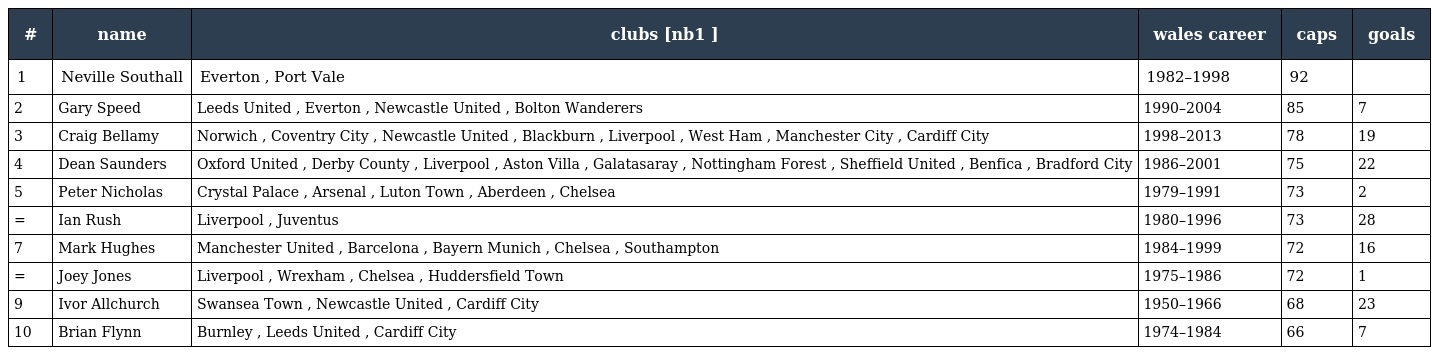
| # | name | clubs [nb1 ] | wales career | caps | goals |
 | --- | --- | --- | --- | --- | --- |
 | 1 | Neville Southall | Everton , Port Vale | 1982–1998 | 92 |  |
 | 2 | Gary Speed | Leeds United , Everton , Newcastle United , Bolton Wanderers | 1990–2004 | 85 | 7 |
 | 3 | Craig Bellamy | Norwich , Coventry City , Newcastle United , Blackburn , Liverpool , West Ham , Manchester City , Cardiff City | 1998–2013 | 78 | 19 |
 | 4 | Dean Saunders | Oxford United , Derby County , Liverpool , Aston Villa , Galatasaray , Nottingham Forest , Sheffield United , Benfica , Bradford City | 1986–2001 | 75 | 22 |
 | 5 | Peter Nicholas | Crystal Palace , Arsenal , Luton Town , Aberdeen , Chelsea | 1979–1991 | 73 | 2 |
 | = | Ian Rush | Liverpool , Juventus | 1980–1996 | 73 | 28 |
 | 7 | Mark Hughes | Manchester United , Barcelona , Bayern Munich , Chelsea , Southampton | 1984–1999 | 72 | 16 |
 | = | Joey Jones | Liverpool , Wrexham , Chelsea , Huddersfield Town | 1975–1986 | 72 | 1 |
 | 9 | Ivor Allchurch | Swansea Town , Newcastle United , Cardiff City | 1950–1966 | 68 | 23 |
 | 10 | Brian Flynn | Burnley , Leeds United , Cardiff City | 1974–1984 | 66 | 7 |